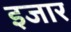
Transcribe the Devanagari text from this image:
इजार